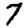
Digit: 7